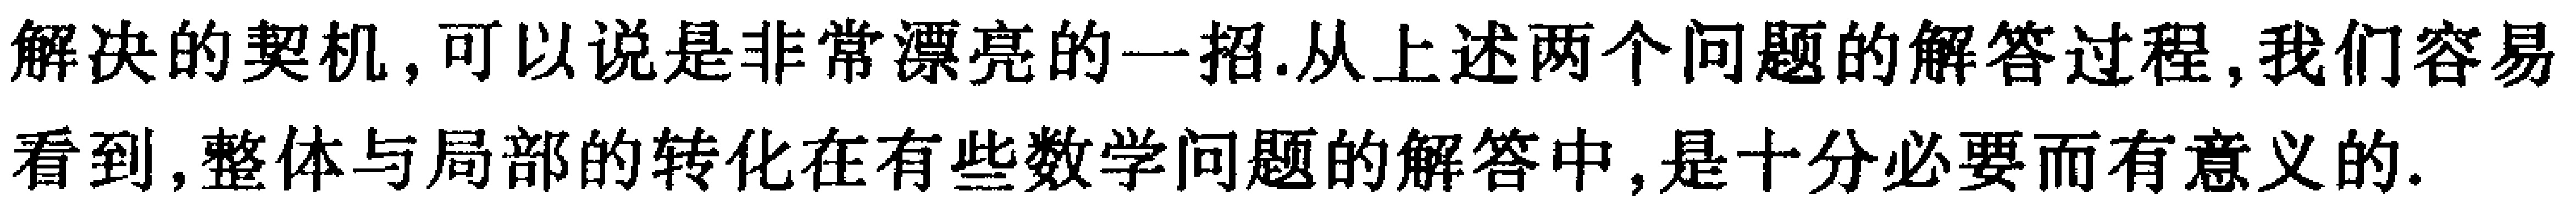
解决的契机,可以说是非常漂亮的一招.从上述两个问题的解答过程,我们容易看到,整体与局部的转化在有些数学问题的解答中,是十分必要而有意义的.